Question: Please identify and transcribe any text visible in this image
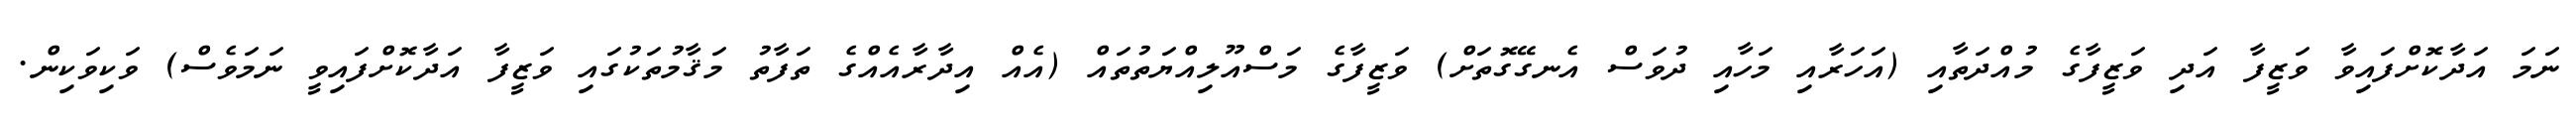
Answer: ނަމަ އަދާކޮށްފައިވާ ވަޒީފާ އަދި ވަޒީފާގެ މުއްދަތާއި (އަހަރާއި މަހާއި ދުވަސް އެނގޭގޮތަށް) ވަޒީފާގެ މަސްއޫލިއްޔަތުތައް (އެއް އިދާރާއެއްގެ ތަފާތު މަޤާމުތަކުގައި ވަޒީފާ އަދާކޮށްފައިވީ ނަމަވެސް) ވަކިވަކިން.